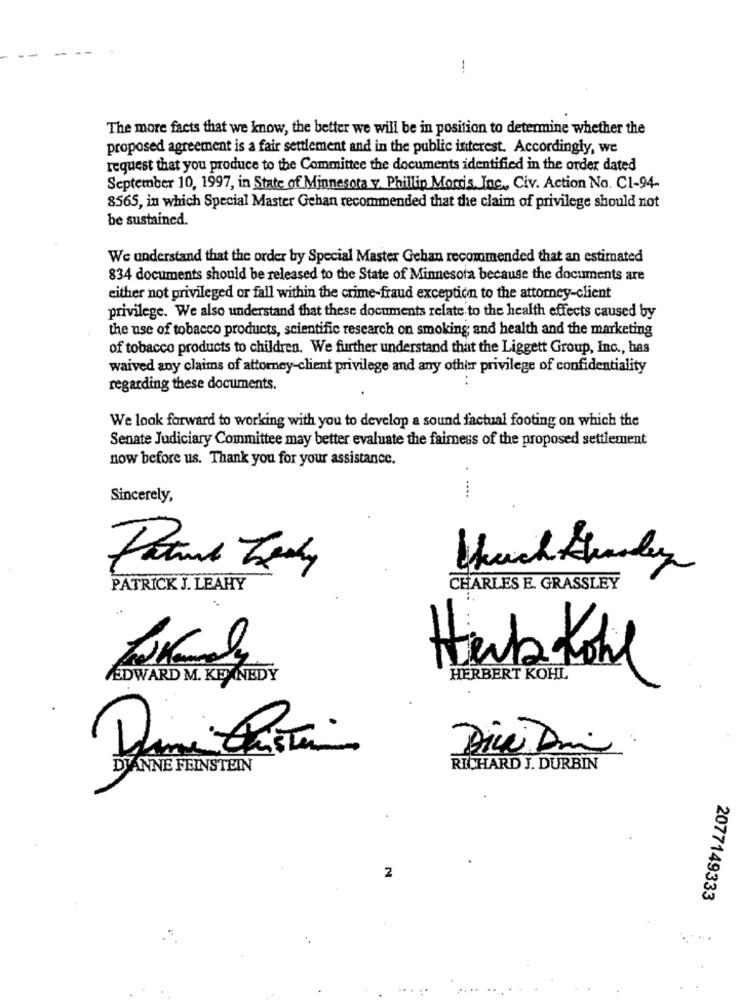
-
-
1
The more facts that we know, the better we will be in position to determine whether the
proposed agreement is a fair settlement and in the public interest. Accordingly, we
request that you produce to the Committee the documents identified in the order dated
September 10, 1997, in State of Minnesota v. Phillip Morris, Inc ., Civ. Action No. C1-94-
8565, in which Special Master Gehan recommended that the claim of privilege should not
be sustained.
We understand that the order by Special Master Gehan recommended that an estimated
834 documents should be released to the State of Minnesota because the documents are
either not privileged or fall within the crime-fraud exception to the attorney-client
privilege. We also understand that these documents relate to the health effects caused by
the use of tobacco products, scientific research on smoking; and health and the marketing
of tobacco products to children. We further understand that the Liggett Group, Inc ., has
waived any claims of attorney-client privilege and any other privilege of confidentiality
regarding these documents.
We look forward to working with you to develop a sound factual footing on which the
Senate Judiciary Committee may better evaluate the faimess of the proposed settlement
now before us. Thank you for your assistance.
Sincerely,
....
PATRICK J. LEAHY
CHARLES E. GRASSLEY
HerbKohl
EDWARD M. KENNEDY
HERBERT KOHL
( )
DIANNE FEINSTEIN
RICHARD J. DURBIN
.
2
2077149333